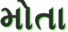
મોતા